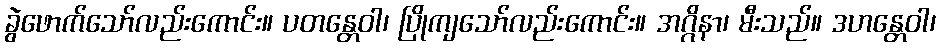
ခွဲဖောက်သော်လည်းကောင်း။ ပတန္တေဝါ၊ ပြိုကျသော်လည်းကောင်း။ အဂ္ဂိနာ၊ မီးသည်။ ဒဟန္တေဝါ၊